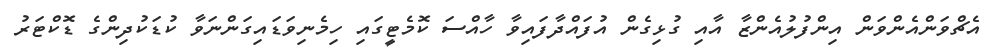
އެޗްވަންއެންވަން އިންފުލުއެންޒާ އާއި ގުޅިގެން އުފައްދާފައިވާ ހާއްސަ ކޮމެޓީގައި ހިމެނިވަޑައިގަންނަވާ ކުޑަކުދިންގެ ޑޮކްޓަރު